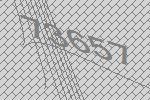
73657